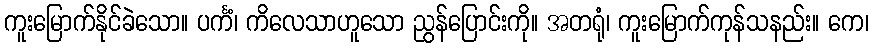
ကူးမြောက်နိုင်ခဲသော။ ပင်္ကံ၊ ကိလေသာဟူသော ညွန်ပြောင်းကို။ အတရုံ၊ ကူးမြောက်ကုန်သနည်း။ ကေ၊